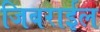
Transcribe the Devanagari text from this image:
जिबराईल